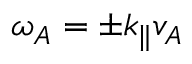
\omega _ { A } = \pm k _ { \parallel } v _ { A }